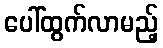
ပေါ်ထွက်လာမည့်